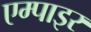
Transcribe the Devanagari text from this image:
एम्पाइर